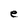
Character: e